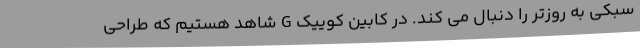
سبکی به روزتر را دنبال می کند. در کابین کوییک G شاهد هستیم که طراحی